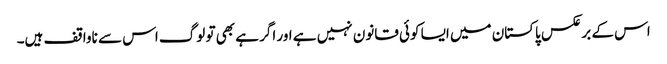
اس کے برعکس پاکستان میں ایسا کوئی قانون نہیں ہے اور اگر ہے بھی تو لوگ اس سے ناواقف ہیں۔